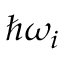
\hbar \omega _ { i }